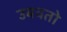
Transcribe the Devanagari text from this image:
उबवतो